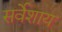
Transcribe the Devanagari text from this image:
सर्वेशाय